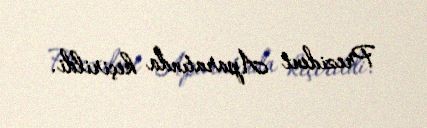
Prezident Aparatında keçirildi.